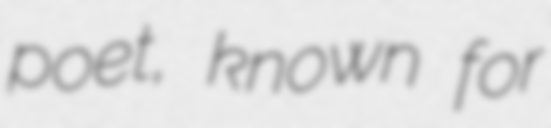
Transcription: poet, known for